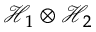
{ \mathcal { H } } _ { 1 } \otimes { \mathcal { H } } _ { 2 }